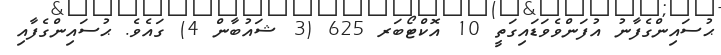
ޙުސައިންގެފާނު އުފަންވެވަޑައިގަތީ 10 އޮކްޓޯބަރ 625 (3 ޝައުބާން 4) ގައެވެ. ޙުސައިންގެފާއި